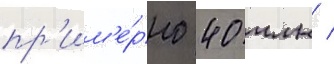
пр'им'е́рно 40 млн /